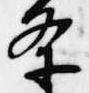
条